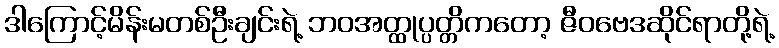
ဒါကြောင့်မိန်းမတစ်ဦးချင်းရဲ့ ဘဝအတ္ထုပ္ပတ္တိကတော့ ဇီဝဗေဒဆိုင်ရာတို့ရဲ့